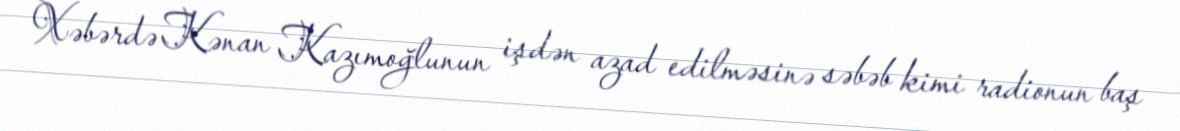
Xəbərdə Kənan Kazımoğlunun işdən azad edilməsinə səbəb kimi radionun baş